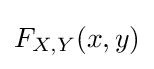
F_{X,Y}(x,y)